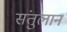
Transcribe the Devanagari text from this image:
संतुलान